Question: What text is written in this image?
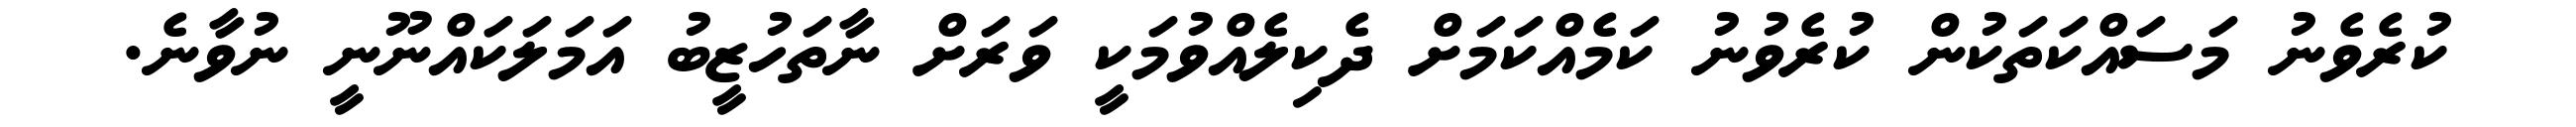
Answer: ކުރެވެނު މަސައްކަތަކުން ކުރެވުނު ކަމެއްކަމަށް ދެކިލެއްވުމަކީ ވަރަށް ނާތަހުޒީބު އަމަލަކައްނޫނީ ނުވާނެ.